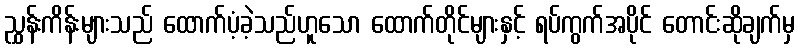
ညွှန်းကိန်းများသည် ထောက်ပံ့ခဲ့သည်ဟူသော ထောက်တိုင်များနှင့် ရပ်ကွက်အပိုင် တောင်းဆိုချက်မှ